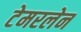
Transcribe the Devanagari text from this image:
टेमरलेन